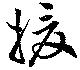
援